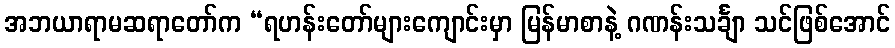
အဘယာရာမဆရာတော်က “ရဟန်းတော်များကျောင်းမှာ မြန်မာစာနဲ့ ဂဏန်းသင်္ချာ သင်ဖြစ်အောင်